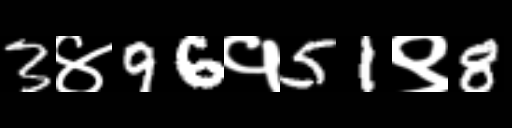
Text: 3४96१51९8